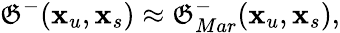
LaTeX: \mathfrak{G}^{-}(\textbf{{x}}_{u},\textbf{{x}}_{s})\approx\mathfrak{G}_{Mar}^{-}(\textbf{{x}}_{u},\textbf{{x}}_{s}),